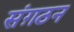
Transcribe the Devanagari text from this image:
संग़ठन